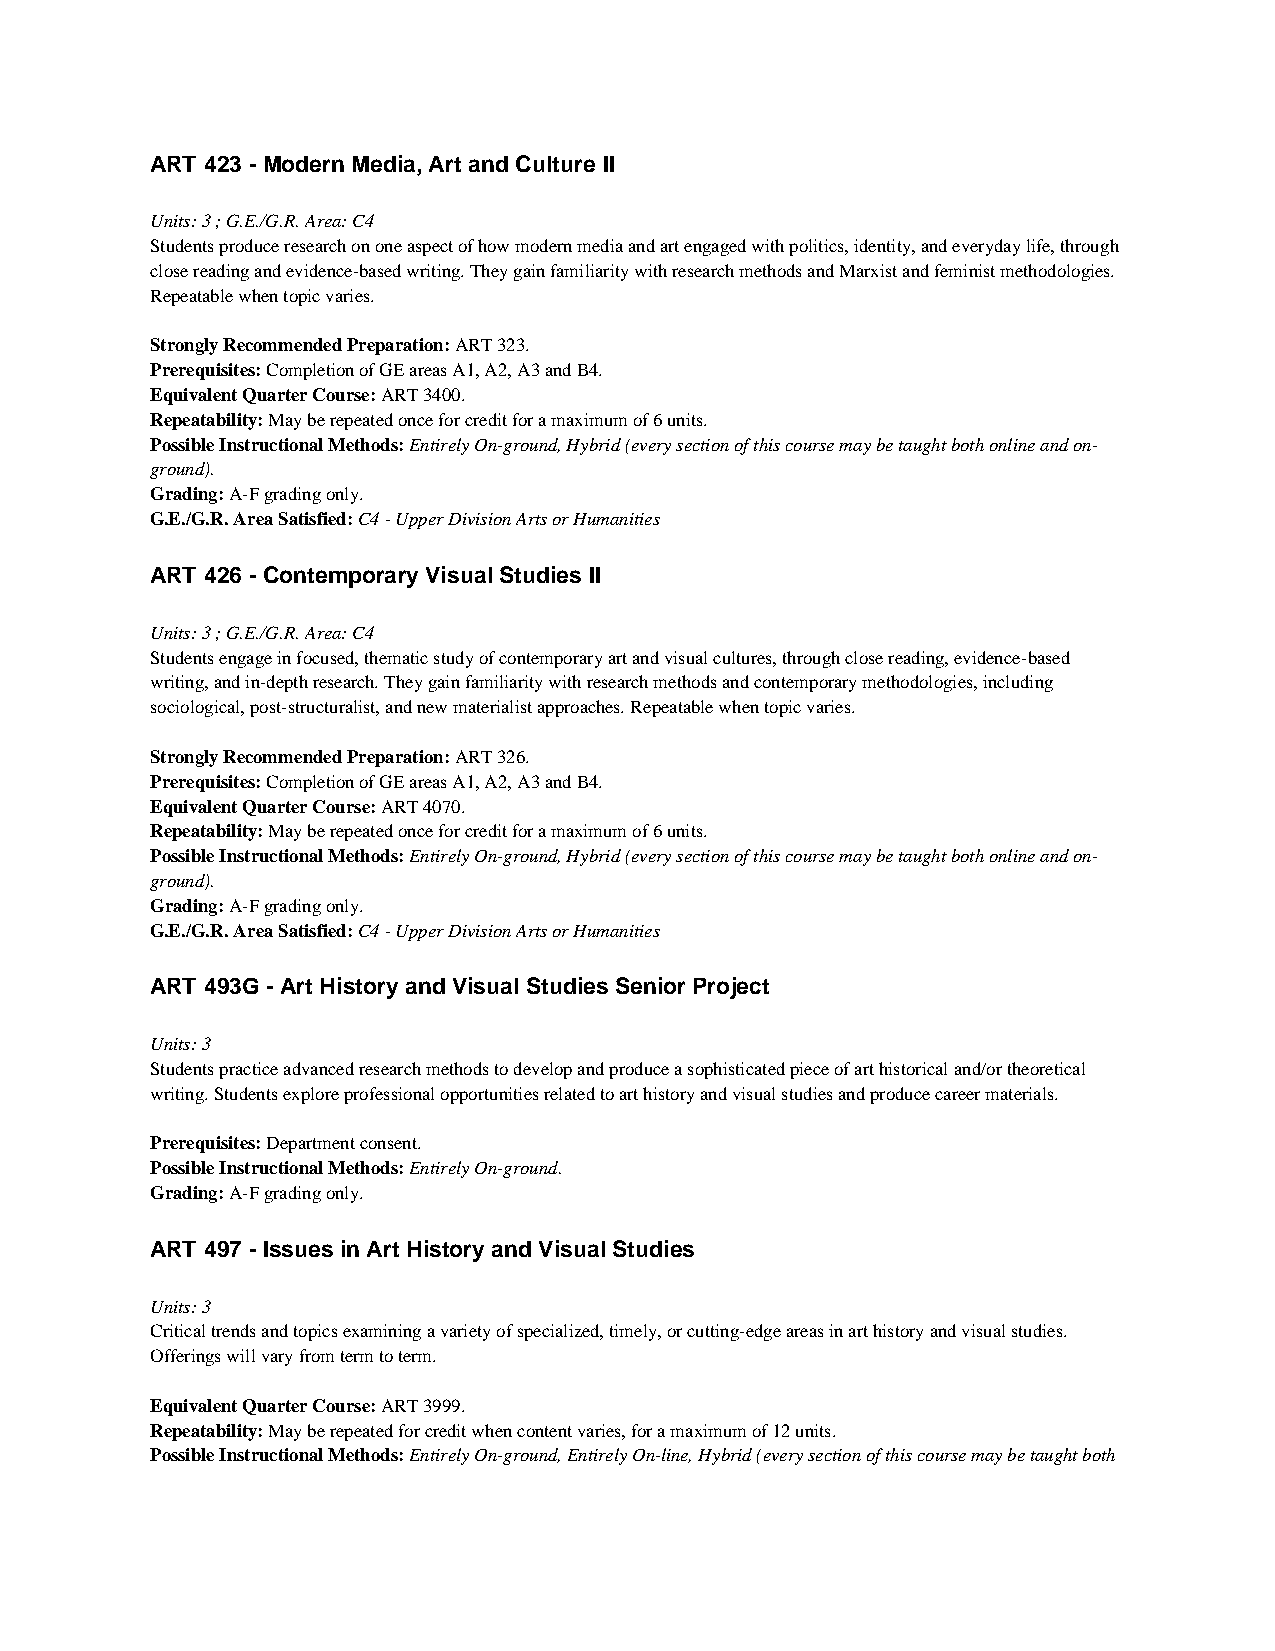
ART 423 - Modern Media, Art and Culture II
 Units: 3 ; G.E./G.R. Area: C4
 Students produce research on one aspect of how modern media and art engaged with politics, identity, and everyday life, through
 close reading and evidence-based writing. They gain familiarity with research methods and Marxist and feminist methodologies.
 Repeatable when topic varies.
 Strongly Recommended Preparation: ART 323.
 Prerequisites: Completion of GE areas A1, A2, A3 and B4.
 Equivalent Quarter Course: ART 3400.
 Repeatability: May be repeated once for credit for a maximum of 6 units.
 Possible Instructional Methods: Entirely On-ground, Hybrid (every section of this course may be taught both online and on-
 ground).
 Grading: A-F grading only.
 G.E./G.R. Area Satisfied: C4 - Upper Division Arts or Humanities
 ART 426 - Contemporary Visual Studies II
 Units: 3 ; G.E./G.R. Area: C4
 Students engage in focused, thematic study of contemporary art and visual cultures, through close reading, evidence-based
 writing, and in-depth research. They gain familiarity with research methods and contemporary methodologies, including
 sociological, post-structuralist, and new materialist approaches. Repeatable when topic varies.
 Strongly Recommended Preparation: ART 326.
 Prerequisites: Completion of GE areas A1, A2, A3 and B4.
 Equivalent Quarter Course: ART 4070.
 Repeatability: May be repeated once for credit for a maximum of 6 units.
 Possible Instructional Methods: Entirely On-ground, Hybrid (every section of this course may be taught both online and on-
 ground).
 Grading: A-F grading only.
 G.E./G.R. Area Satisfied: C4 - Upper Division Arts or Humanities
 ART 493G - Art History and Visual Studies Senior Project
 Units: 3
 Students practice advanced research methods to develop and produce a sophisticated piece of art historical and/or theoretical
 writing. Students explore professional opportunities related to art history and visual studies and produce career materials.
 Prerequisites: Department consent.
 Possible Instructional Methods: Entirely On-ground.
 Grading: A-F grading only.
 ART 497 - Issues in Art History and Visual Studies
 Units: 3
 Critical trends and topics examining a variety of specialized, timely, or cutting-edge areas in art history and visual studies.
 Offerings will vary from term to term.
 Equivalent Quarter Course: ART 3999.
 Repeatability: May be repeated for credit when content varies, for a maximum of 12 units.
 Possible Instructional Methods: Entirely On-ground, Entirely On-line, Hybrid (every section of this course may be taught both